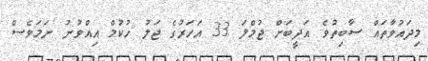
މިދައުވާތައް ސާބިތުވެ އަދީބަށް ޖުމްލަ 33 އަހަރުގެ ޖަލު ހުކުމް އިއްވުނު ނަމަވެސް